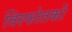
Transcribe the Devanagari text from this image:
विस्फोतकों